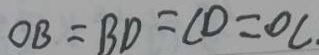
O B = B D = C D = O C .